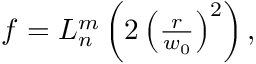
\begin{array} { r } { f = L _ { n } ^ { m } \left( 2 \left( \frac { r } { w _ { 0 } } \right) ^ { 2 } \right) , } \end{array}